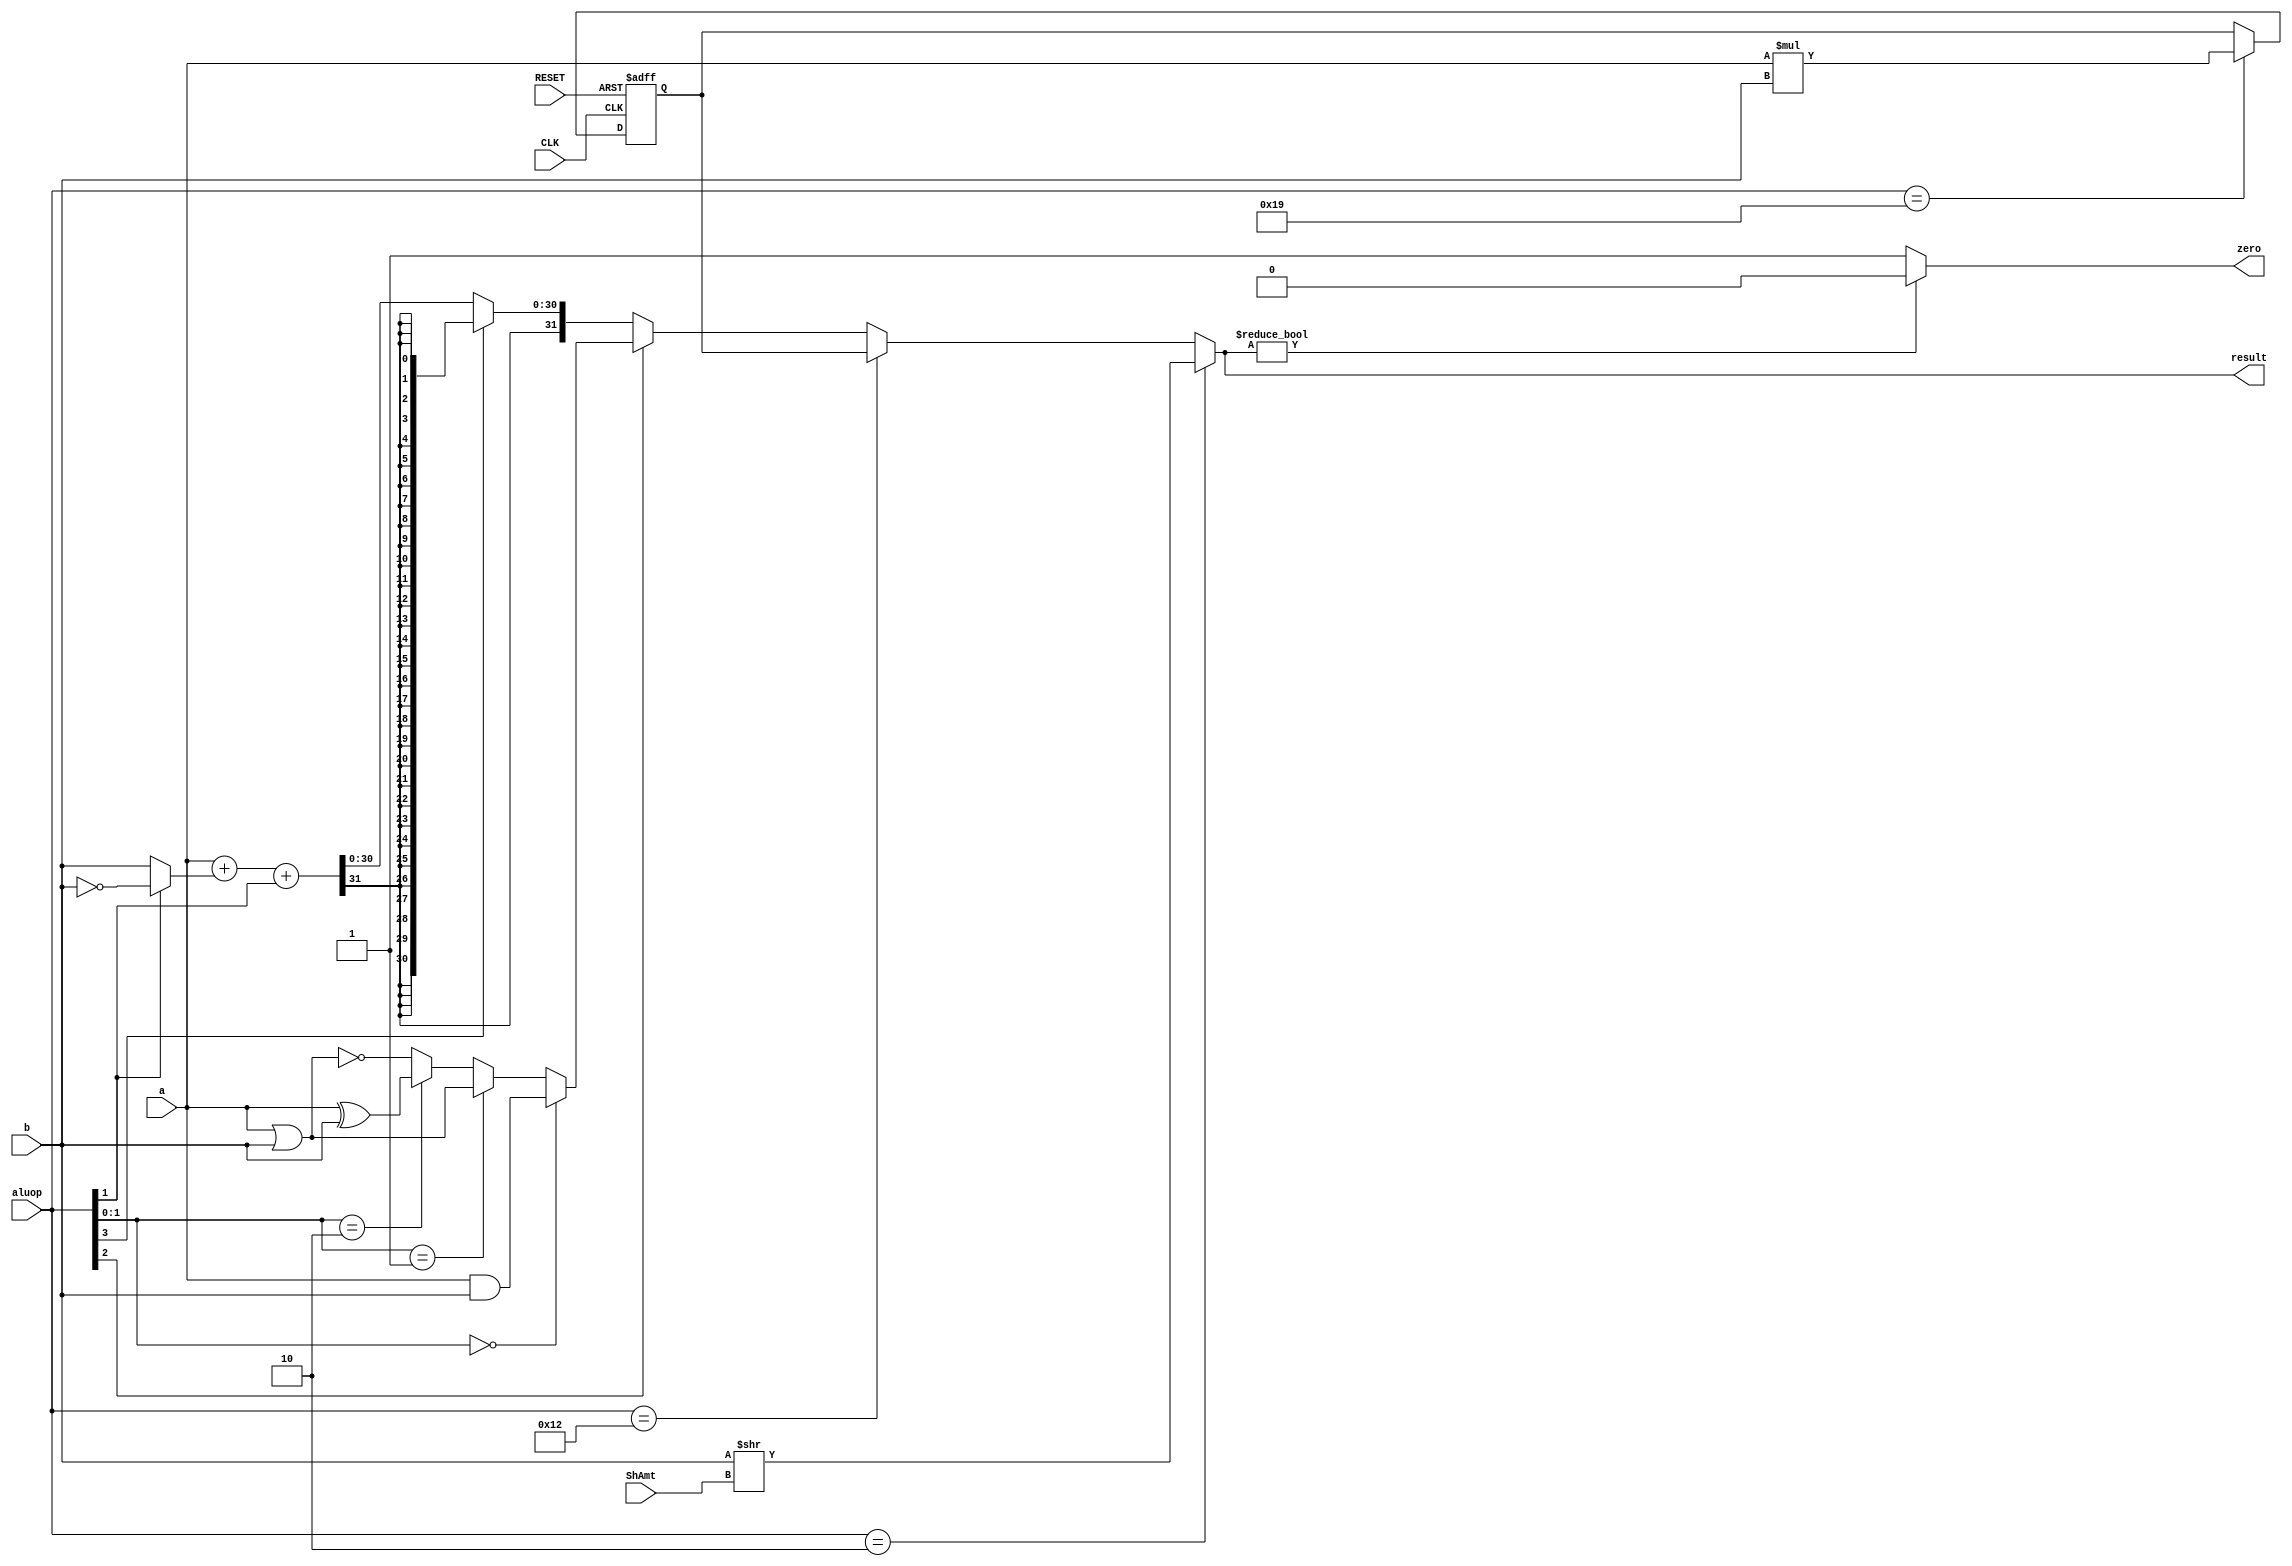
`timescale 1ns / 1ps
//////////////////////////////////////////////////////////////////////////////////
// Company:  ETH Zurich
// 
// Design Name:    MIPS processor
// Module Name:    ALU 
// Project Name:   Digital Circuits Lab Exercuse
// Target Devices: 
// Tool versions: 
// Description:    This is one possible solution to the
//                 ALU description from Lab5a
// Dependencies: 
//
// Revision: 
// Revision 0.01 - File Created
// Additional Comments: 
//
//////////////////////////////////////////////////////////////////////////////////
module ALU( 
  input CLK,            // Clock signal
  input RESET,          // Reset Active low will set back the lo

  input  [31:0] a,
  input  [31:0] b,
  input  [5:0] aluop,
  input [4:0] ShAmt,
  output [31:0] result,
  output zero
 );
  
  wire [31:0] logicout;   // output of the logic block
  wire [31:0] addout;     // adder subtractor out
  wire [31:0] arithout;   // output after alt
  wire [31:0] n_b;        // inverted b
  wire [31:0] sel_b;      // select b or n_b;
  wire [31:0] slt;        // output of the slt extension
  
  wire [1:0] logicsel;    // lower two bits of aluop;
  
  wire[31:0] finalout;
  
  // logic select 
  assign logicsel = aluop[1:0];
  assign logicout = (logicsel == 2'b00) ? a & b :
                    (logicsel == 2'b01) ? a | b :
                    (logicsel == 2'b10) ? a ^ b :
                                        ~(a | b);
  
  // adder subtractor
  assign n_b = ~b ;  // invert b
  assign sel_b = (aluop[1])? n_b : b ;
  // if the operation is sub or slt: 1 (aluop[1]) is added to realize the 2-complement format
  assign addout = a + sel_b + aluop[1];
  
  // set less than operator: extend the MSB bit (sign bit) of addout
  assign slt = { 32{addout[31]}};
  
  // arith out
  assign arithout = (aluop[3]) ? slt : addout;
  
  // final out
  //assign result = (aluop[2]) ? logicout : arithout;
  assign finalout = (aluop[2]) ? logicout : arithout;
  
// ME: Added code to realize srl, multu and mflo and register Lo
  reg [31:0] lo; // LO register that will hold the output of mutlu
  //srl: shift B by ShAmt
  // mflo (move from lo): propagates Lo into output
  always @ ( posedge CLK, posedge RESET ) 
    if (RESET == 1'b1) lo = 32'b0; // reset lo register
    else if(aluop == 6'b011001) lo = a*b;  // perform mutlu and store in lo
  
  assign result = (aluop == 6'b000010) ? b >> ShAmt: //srl
                  (aluop == 6'b010010) ? lo : finalout; //mflo
  
  // the zero
  assign zero = result ? 0: 1;
  
endmodule